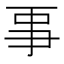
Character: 𠄙